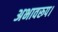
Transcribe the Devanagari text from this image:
अभावरूप।